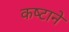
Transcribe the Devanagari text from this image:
कष्‍टाने